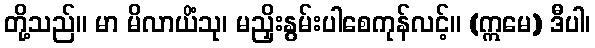
တို့သည်။ မာ မိလာယိံသု၊ မညှိးနွမ်းပါစေကုန်လင့်။ (ဣမေ) ဒီပါ၊